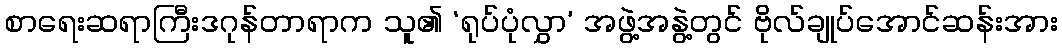
စာရေးဆရာကြီးဒဂုန်တာရာက သူ၏ ‘ရုပ်ပုံလွှာ’ အဖွဲ့အနွဲ့တွင် ဗိုလ်ချုပ်အောင်ဆန်းအား